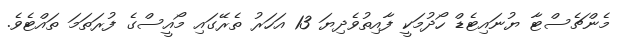
މެންޗެސްޓާ ޔުނައިޓެޑް ހޯދުމަކީ ފާއިތުވެދިޔަ 13 އަހަރު ތެރޭގައި މޯއީސްގެ ފުރަތަމަ ތައްޓެވެ.